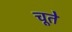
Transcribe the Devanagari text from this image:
चूते